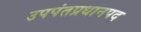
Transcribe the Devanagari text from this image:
उपपंतप्रधानपद